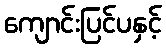
ကျောင်းပြင်ပနှင့်